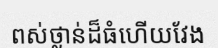
ពស់ថ្លាន់ដ៏ធំហើយវែង